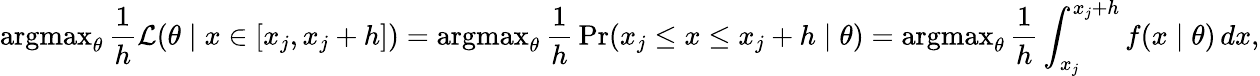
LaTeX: \operatorname{argmax}_{\theta}{\frac{1}{h}}{\mathcal{L}}(\theta\mid x\in[x_{j},x_{j}+h])=\operatorname{argmax}_{\theta}{\frac{1}{h}}\operatorname*{Pr}(x_{j}\leq x\leq x_{j}+h\mid\theta)=\operatorname{argmax}_{\theta}{\frac{1}{h}}\int_{x_{j}}^{x_{j}+h}f(x\mid\theta)\, dx,